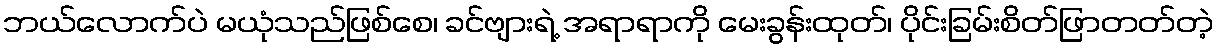
ဘယ်လောက်ပဲ မယုံသည်ဖြစ်စေ၊ ခင်ဗျားရဲ့ အရာရာကို မေးခွန်းထုတ်၊ ပိုင်းခြမ်းစိတ်ဖြာတတ်တဲ့